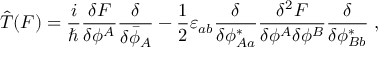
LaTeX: \hat { T } ( F ) = \frac { i } { \hbar } \frac { \delta F } { \delta \phi ^ { A } } \frac { \delta } { \delta \bar { \phi } _ { A } } - \frac { 1 } { 2 } \varepsilon _ { a b } \frac { \delta } { \delta \phi _ { A a } ^ { * } } \frac { \delta ^ { 2 } F } { \delta \phi ^ { A } \delta \phi ^ { B } } \frac { \delta } { \delta \phi _ { B b } ^ { * } } \; ,